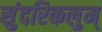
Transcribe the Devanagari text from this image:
सुंदरिकलुम्